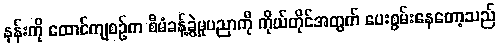
နန်းကို ထောင်ကျစဉ်က စီမံခန့်ခွဲမှုပညာကို ကိုယ်တိုင်အတွက် ပေးစွမ်းနေတော့သည်